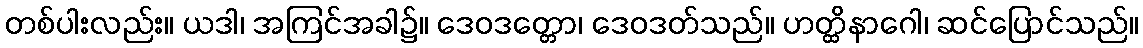
တစ်ပါးလည်း။ ယဒါ၊ အကြင်အခါ၌။ ဒေဝဒတ္တော၊ ဒေဝဒတ်သည်။ ဟတ္ထိနာဂေါ၊ ဆင်ပြောင်သည်။